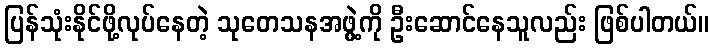
ပြန်သုံးနိုင်ဖို့လုပ်နေတဲ့ သုတေသနအဖွဲ့ကို ဦးဆောင်နေသူလည်း ဖြစ်ပါတယ်။